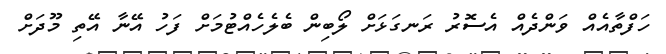
ހަފްތާއެއް ވަންދެއް އެސޮރު ރަނގަޅަށް ލޯބިން ބެލެހެއްޓުމަށް ފަހު އޭނާ އޭތި މޫދަށް